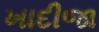
ખાદીજા